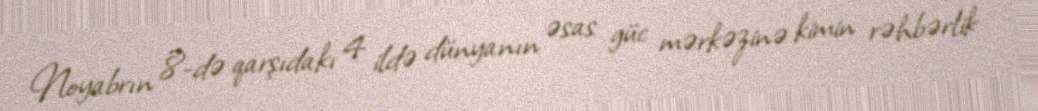
Noyabrın 8-də qarşıdakı 4 ildə dünyanın əsas güc mərkəzinə kimin rəhbərlik